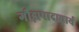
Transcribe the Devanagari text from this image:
गौड़ापादाचार्य